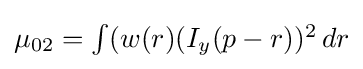
{\textstyle \mu _{02}=\int (w(r)(I_{y}(p-r))^{2}\,dr}